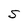
Character: S